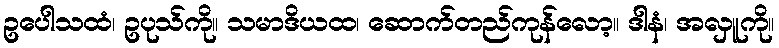
ဥပေါသထံ၊ ဥပုသ်ကို။ သမာဒိယထ၊ ဆောက်တည်ကုန်လော့။ ဒါနံ၊ အလှူကို။